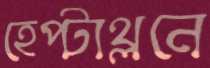
হেপ্টাথ্লনে